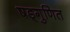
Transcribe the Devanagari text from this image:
षड्गुणित